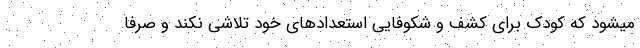
میشود که کودک برای کشف و شکوفایی استعدادهای خود تلاشی نکند و صرفا